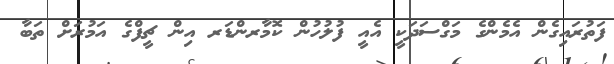
ފަތުރައިގެން އެމެންގެ މަގްސަދަކީ އެއީ ފުލުހުން ކޮމާރންޑަރ އިން ޗީފްގެ އަމުރަށް ތަބާ